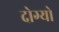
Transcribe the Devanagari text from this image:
दोग्यो